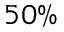
5 0 \%